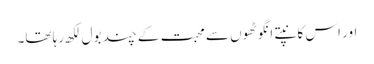
اور اس کانپتے انگوٹھوں سے محبت کے چند بول لکھ رہا تھا۔